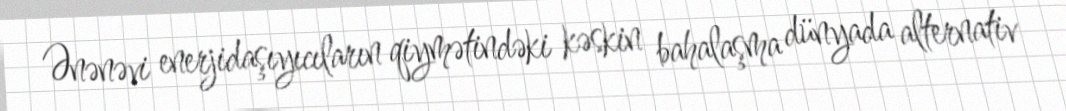
Ənənəvi enerjidaşıyıcıların qiymətindəki kəskin bahalaşma dünyada alternativ